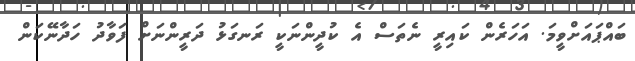
ބައްޕައަށްވީމަ. އަހަރެން ކައިރީ ނެތަސް އެ ކުދީންނަކީ ރަނގަޅު ދަރީންނަށް ފަވާދު ހަދާނޭކަން